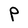
Character: P